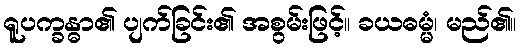
ရူပက္ခန္ဓာ၏ ပျက်ခြင်း၏ အစွမ်းဖြင့်။ ခယဓမ္မံ၊ မည်၏။